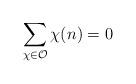
LaTeX: \begin{align*} \sum_{\chi\in \mathcal{O}} \chi(n) =0\end{align*}